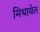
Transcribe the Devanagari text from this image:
मिथायेल